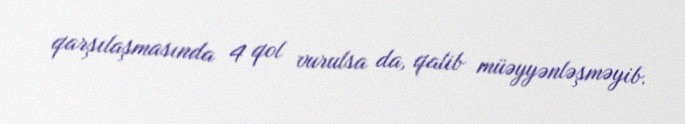
qarşılaşmasında 4 qol vurulsa da, qalib müəyyənləşməyib.